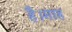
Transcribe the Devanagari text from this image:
है।माह